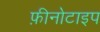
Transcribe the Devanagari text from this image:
फ़ीनोटाइप